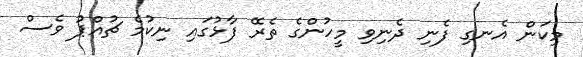
މިކަން އެނގި ފެނި ދެނިވި މީހުންގެ ތެރޭ ފާޅުގައި ނިކުމެ ޗުއްޕު ވެސް